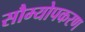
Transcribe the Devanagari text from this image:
सौम्योपकरण